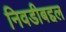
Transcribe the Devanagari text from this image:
निवडीबद्दल